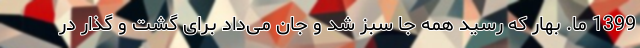
1399 ما. بهار که رسید همه جا سبز شد و جان می‌داد برای گشت و گذار در